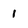
Character: 1